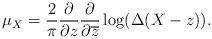
LaTeX: \begin{align*}\mu_X = \frac{2}{\pi} \frac{\partial}{\partial z} \frac{\partial}{\partial\overline{z}} \log(\Delta(X-z)).\end{align*}